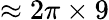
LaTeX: \approx 2\pi\times 9